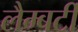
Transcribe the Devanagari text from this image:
लैम्बर्टी